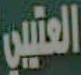
العتيين